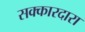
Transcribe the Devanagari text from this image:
सक्कारदारा